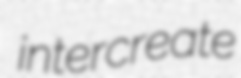
intercreate